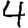
Digit: 4